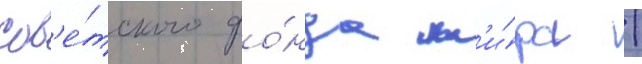
сов'е́тского фо́нда м'и́ра /